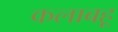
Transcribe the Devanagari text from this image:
कलाबहू